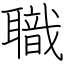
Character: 職